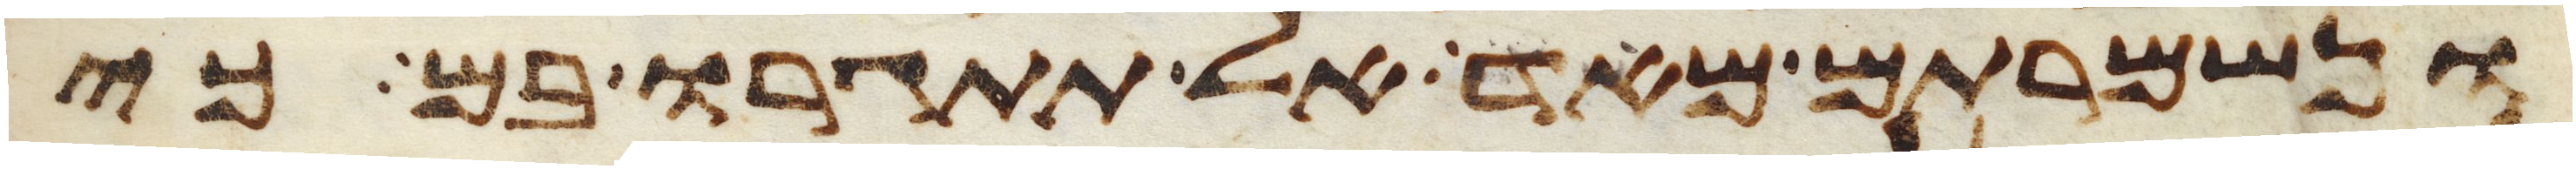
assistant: ונשמרתם מאד אל תתגרו בם כי